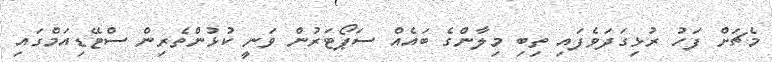
މެޗަށް ފަހު ރުޅިގަދަވެފައި ތިބި މިލާންގެ ބައެއް ސަޕޯޓަރުން ވަނީ ކުޅުންތެރިން ސްޓޭޑިއަމްގައި